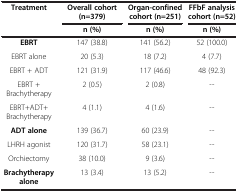
<table><thead><tr><td rowspan="2"><b>Treatment</b></td><td><b>Overall cohort (n=379)</b></td><td><b>Organ-confined cohort (n=251)</b></td><td><b>FFbF analysis cohort (n=52)</b></td></tr><tr><td><b>n (%)</b></td><td><b>n (%)</b></td><td><b>n (%)</b></td></tr></thead><tbody><tr><td><b>EBRT</b></td><td>147 (38.8)</td><td>141 (56.2)</td><td>52 (100.0)</td></tr><tr><td>EBRT alone</td><td>20 (5.3)</td><td>18 (7.2)</td><td>4 (7.7)</td></tr><tr><td>EBRT + ADT</td><td>121 (31.9)</td><td>117 (46.6)</td><td>48 (92.3)</td></tr><tr><td>EBRT + Brachytherapy</td><td>2 (0.5)</td><td>2 (0.8)</td><td>--</td></tr><tr><td>EBRT+ADT+ Brachytherapy</td><td>4 (1.1)</td><td>4 (1.6)</td><td>--</td></tr><tr><td><b>ADT alone</b></td><td>139 (36.7)</td><td>60 (23.9)</td><td>--</td></tr><tr><td>LHRH agonist</td><td>120 (31.7)</td><td>58 (23.1)</td><td>--</td></tr><tr><td>Orchiectomy</td><td>38 (10.0)</td><td>9 (3.6)</td><td>--</td></tr><tr><td><b>Brachytherapy alone</b></td><td>13 (3.4)</td><td>13 (5.2)</td><td>--</td></tr></tbody></table>